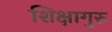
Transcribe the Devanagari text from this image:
शिक्षागुरु